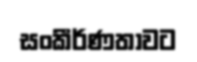
සංකීර්ණතාවට